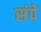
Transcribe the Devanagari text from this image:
संपे